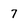
Character: 7